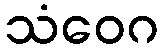
သံဝေဂ